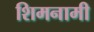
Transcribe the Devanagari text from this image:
शिमनामी